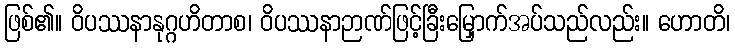
ဖြစ်၏။ ဝိပဿနာနုဂ္ဂဟိတာစ၊ ဝိပဿနာဉာဏ်ဖြင့်ခြီးမြှောက်အပ်သည်လည်း။ ဟောတိ၊